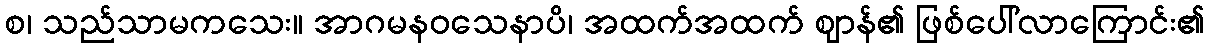
စ၊ သည်သာမကသေး။ အာဂမနဝသေနာပိ၊ အထက်အထက် ဈာန်၏ ဖြစ်ပေါ်လာကြောင်း၏